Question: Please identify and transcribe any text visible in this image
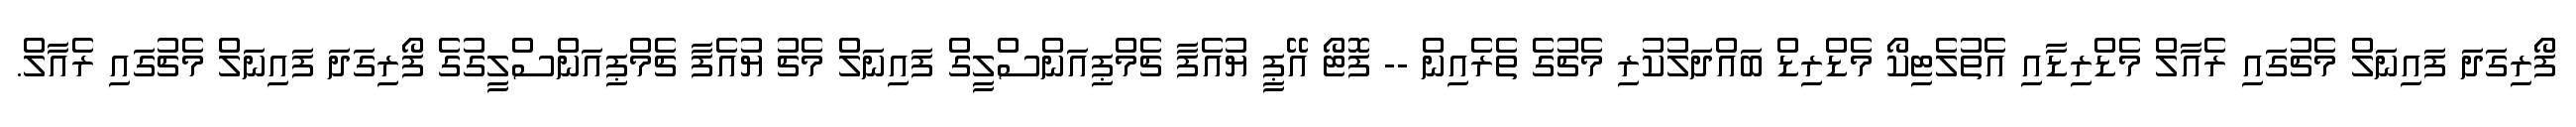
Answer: ފޯރިގަދަ ފައިނަލް މެޗުގައި ރެއާލް މެޑްރިޑާއި އެތުލެޓިކޯ މެޑްރިޑް ބައްދަލުކުރި މެޗުގެ ތެރެއިން -- ފޮޓޯ އޭޕީ ޔުއެފާ ޗެމްޕިއަންސްލީގް ފައިނަލް މެޗު ޔުއެފާ ޗެމްޕިއަންސްލީގުގެ ފޯރިގަދަ ފައިނަލް މެޗުގައި ރެއާލް.